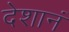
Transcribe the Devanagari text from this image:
देशानं